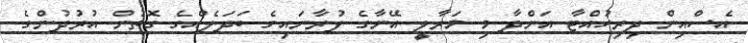
އެސްއިން ދިރިހުއްޓާ އަންދާ މި މަރާލީ އޭނާގެ ފުރާނައިގެ ބަދަލެއްގެ ގޮތުން އުރުދުންގެ